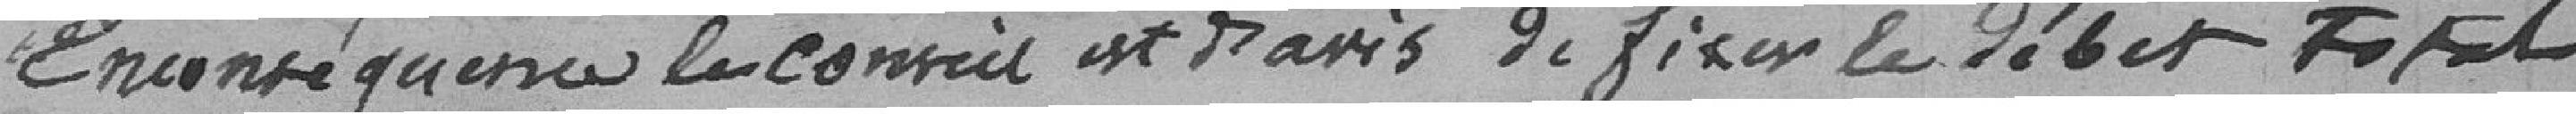
En conséquence le conseil est ravis de fixer le débit total